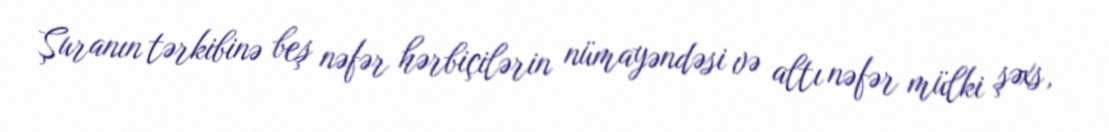
Şuranın tərkibinə beş nəfər hərbiçilərin nümayəndəsi və altı nəfər mülki şəxs,